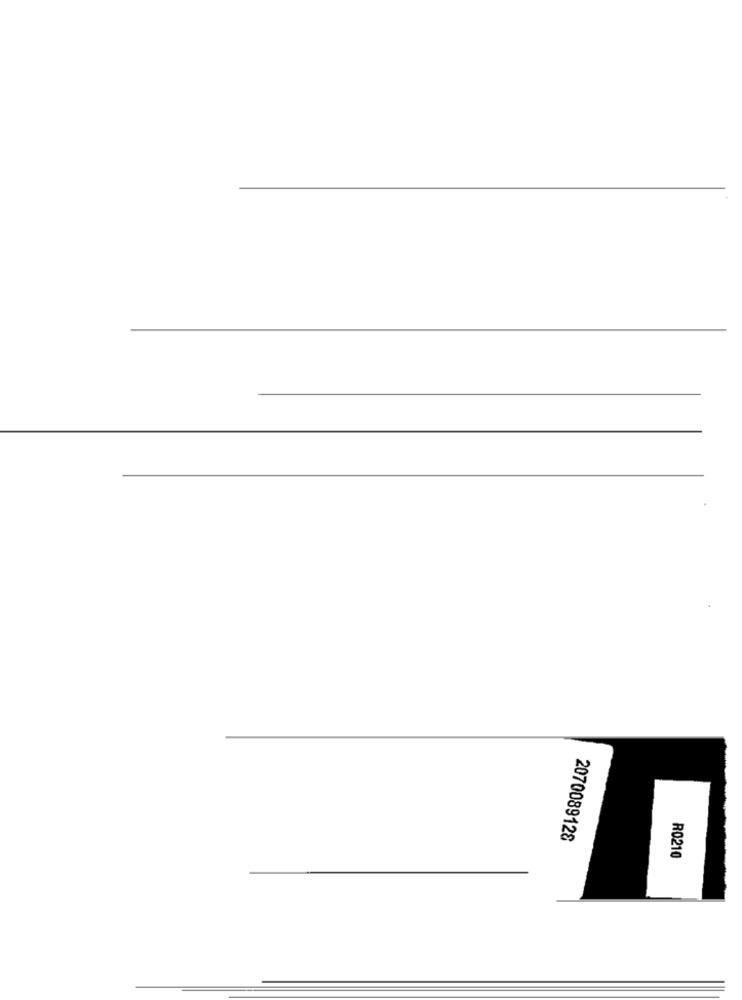
2070089128
R0210